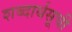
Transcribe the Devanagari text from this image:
शब्दार्थसूची